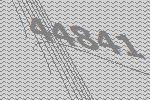
44841